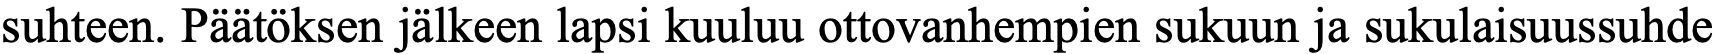
suhteen. Päätöksen jälkeen lapsi kuuluu ottovanhempien sukuun ja sukulaisuussuhde